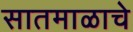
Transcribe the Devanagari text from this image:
सातमाळाचे